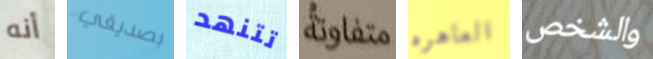
أنه بصديقي تتنهد متفاوتة العاهره والشخص